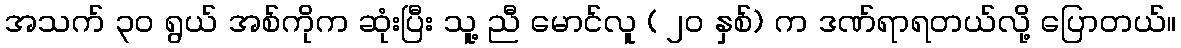
အသက် ၃၀ ရွယ် အစ်ကိုက ဆုံးပြီး သူ့ ညီ မောင်လူ ( ၂၀ နှစ်) က ဒဏ်ရာရတယ်လို့ ပြောတယ်။